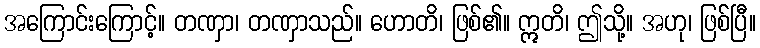
အကြောင်းကြောင့်။ တဏှာ၊ တဏှာသည်။ ဟောတိ၊ ဖြစ်၏။ ဣတိ၊ ဤသို့။ အဟု၊ ဖြစ်ပြီ။